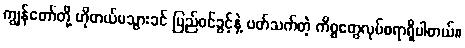
ကျွန်တော်တို့ ဟိုတယ်မသွားခင် ပြည်ဝင်ခွင့်နဲ့ ပတ်သက်တဲ့ ကိစ္စတွေလုပ်စရာရှိပါတယ်။